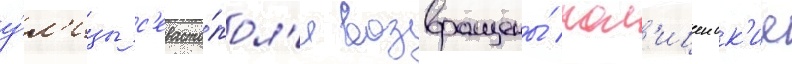
у́л'ицы с'евасто́пол'я возвращены́ пол'ицеиск'ие